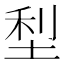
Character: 𫭴